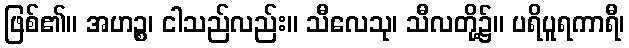
ဖြစ်၏။ အဟဉ္စ၊ ငါသည်လည်း။ သီလေသု၊ သီလတို့၌။ ပရိပူရကာရီ၊